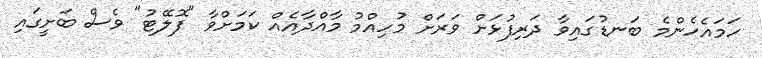
ހަމައެހެންމެ ބަނޑުގައިވާ ދަރިފުޅަށް ވަރަށް މުހިއްމު މާއްދާއެއް ކަމަށްވާ "ފޮލޭޓު" ވެސް ބަށީގައި